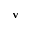
{ \bf v }